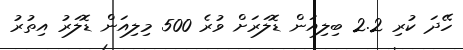
ހޭދަ ކުރި 2.2 ބިލިއަން ޑޮލަރަށް ވުރެ 500 މިލިއަން ޑޮލަރު އިތުރު